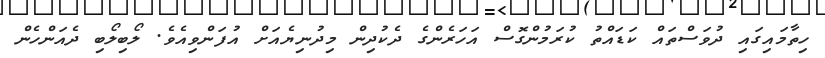
ހިތާމައިގައި ދުވަސްތައް ކަޑައްތު ކުރަމުންގޮސް އަހަރެންގެ ދެކުދިން މިދުނިޔެއަށް އުފަންވިއެވެ. ލޯބިލޯބި ދެއަންހެން